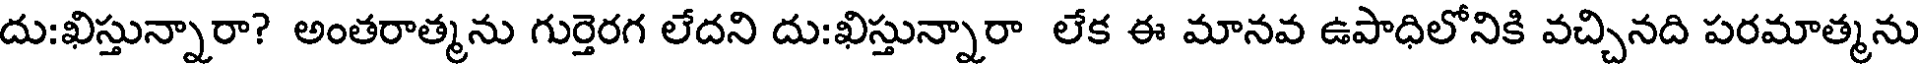
దు:ఖిస్తున్నారా? అంతరాత్మను గుర్తెరగ లేదని దు:ఖిస్తున్నారా లేక ఈ మానవ ఉపాధిలోనికి వచ్చినది పరమాత్మను